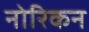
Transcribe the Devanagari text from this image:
नोरिकन